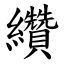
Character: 纘